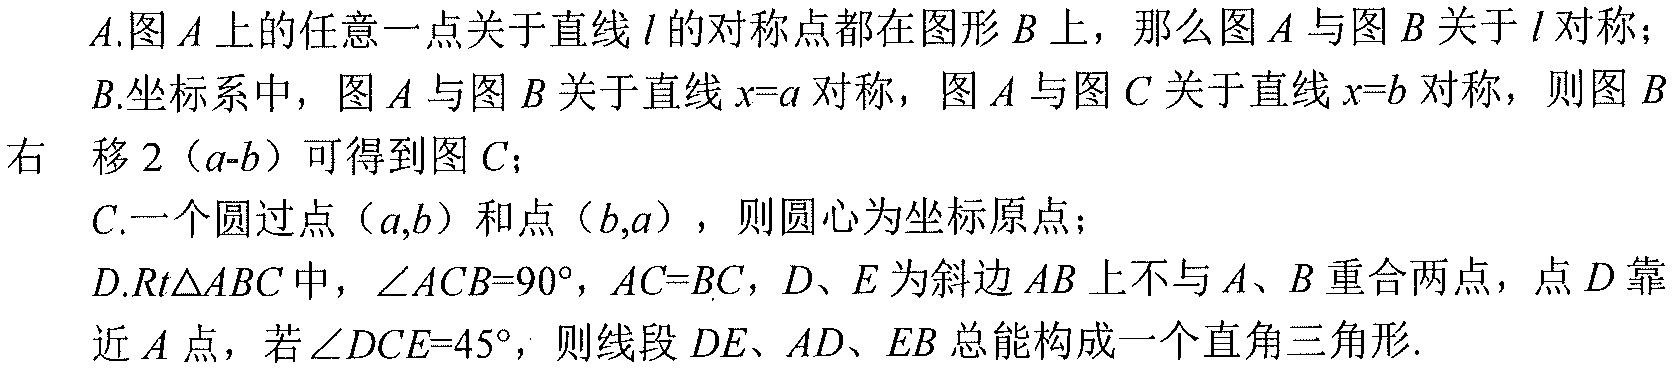
A.图\(A\)上的任意一点关于直线\(l\)的对称点都在图形\(B\)上，那么图\(A\)与图\(B\)关于\(l\)对称；
B.坐标系中，图\(A\)与图\(B\)关于直线\(x = a\)对称，图\(A\)与图\(C\)关于直线\(x = b\)对称，则图\(B\)右移\(2(a - b)\)可得到图\(C\)；
C.一个圆过点\((a,b)\)和点\((b,a)\)，则圆心为坐标原点；
D.\(\text{Rt}\triangle ABC\)中，\(\angle ACB = 90^{\circ}\)，\(AC = BC\)，\(D、E\)为斜边\(AB\)上不与\(A、B\)重合两点，点\(D\)靠近\(A\)点，若\(\angle DCE = 45^{\circ}\)，则线段\(DE、AD、EB\)总能构成一个直角三角形.